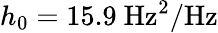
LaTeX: h_{0}=15.9~\mathrm{Hz^{2}/Hz}